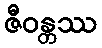
ဇီဝန္တဿ